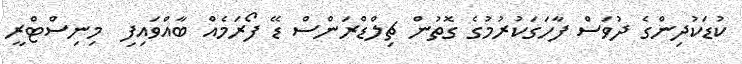
ކުޑަކުދިންގެ ދުވަސް ފާހަގަކުރުމުގެ ގޮތުން ޗިލްޑްރަންސް ޑޭ ފޯރަމެއް ބާއްވައިފި  މިނިސްޓްރީ